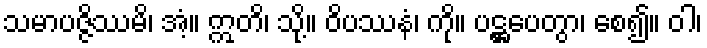
သမာပဇ္ဇိဿမိ၊ အံ့။ ဣတိ၊ သို့။ ဝိပဿနံ၊ ကို။ ပဋ္ဌပေတွာ၊ စေ၍။ ဝါ၊